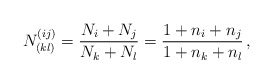
\begin{align*} N^{(ij)}_{(kl)}={{N_i+N_j}\over {N_k+N_l}}={{1+n_i+n_j}\over {1+n_k+n_l}}\, ,\end{align*}